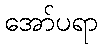
အော်ပရာ